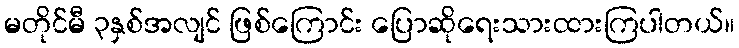
မတိုင်မီ ၃နှစ်အလျင် ဖြစ်ကြောင်း ပြောဆိုရေးသားထားကြပါတယ်။